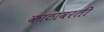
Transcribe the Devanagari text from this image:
काठावरती